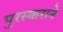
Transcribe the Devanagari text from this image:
पुरस्कराने